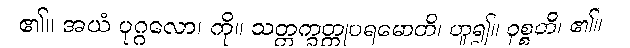
၏။ အယံ ပုဂ္ဂလော၊ ကို။ သတ္တက္ခတ္တုပရမောတိ၊ ဟူ၍။ ဝုစ္စတိ၊ ၏။